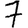
Digit: 7